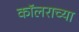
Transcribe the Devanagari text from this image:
कॉलराच्या